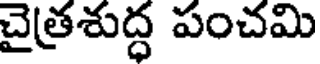
చైత్రశుద్ధ పంచమి